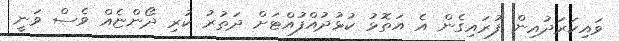
ވައިކަރަދުއިން ފުރައިގެން އެ އަތޮޅު ކުޅުދުއްފުއްޓަށް ދަތުރު ކުރި ދޯންޏެއް ވެސް ވަނީ